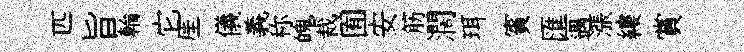
匹旨輪它厓儀義称魄裁囿安筋濶珥賓匯遇漲縷賞